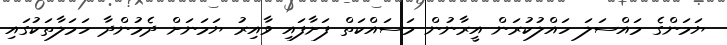
ޔަމަންގެ މައްސަލަ ހައްލުކުރަން އީރާނުން މަސައްކަތް ފަށާފައި ވާއިރު ޔަމަނަށް ދެމުންދާ ހަމަލާތަކުގައި